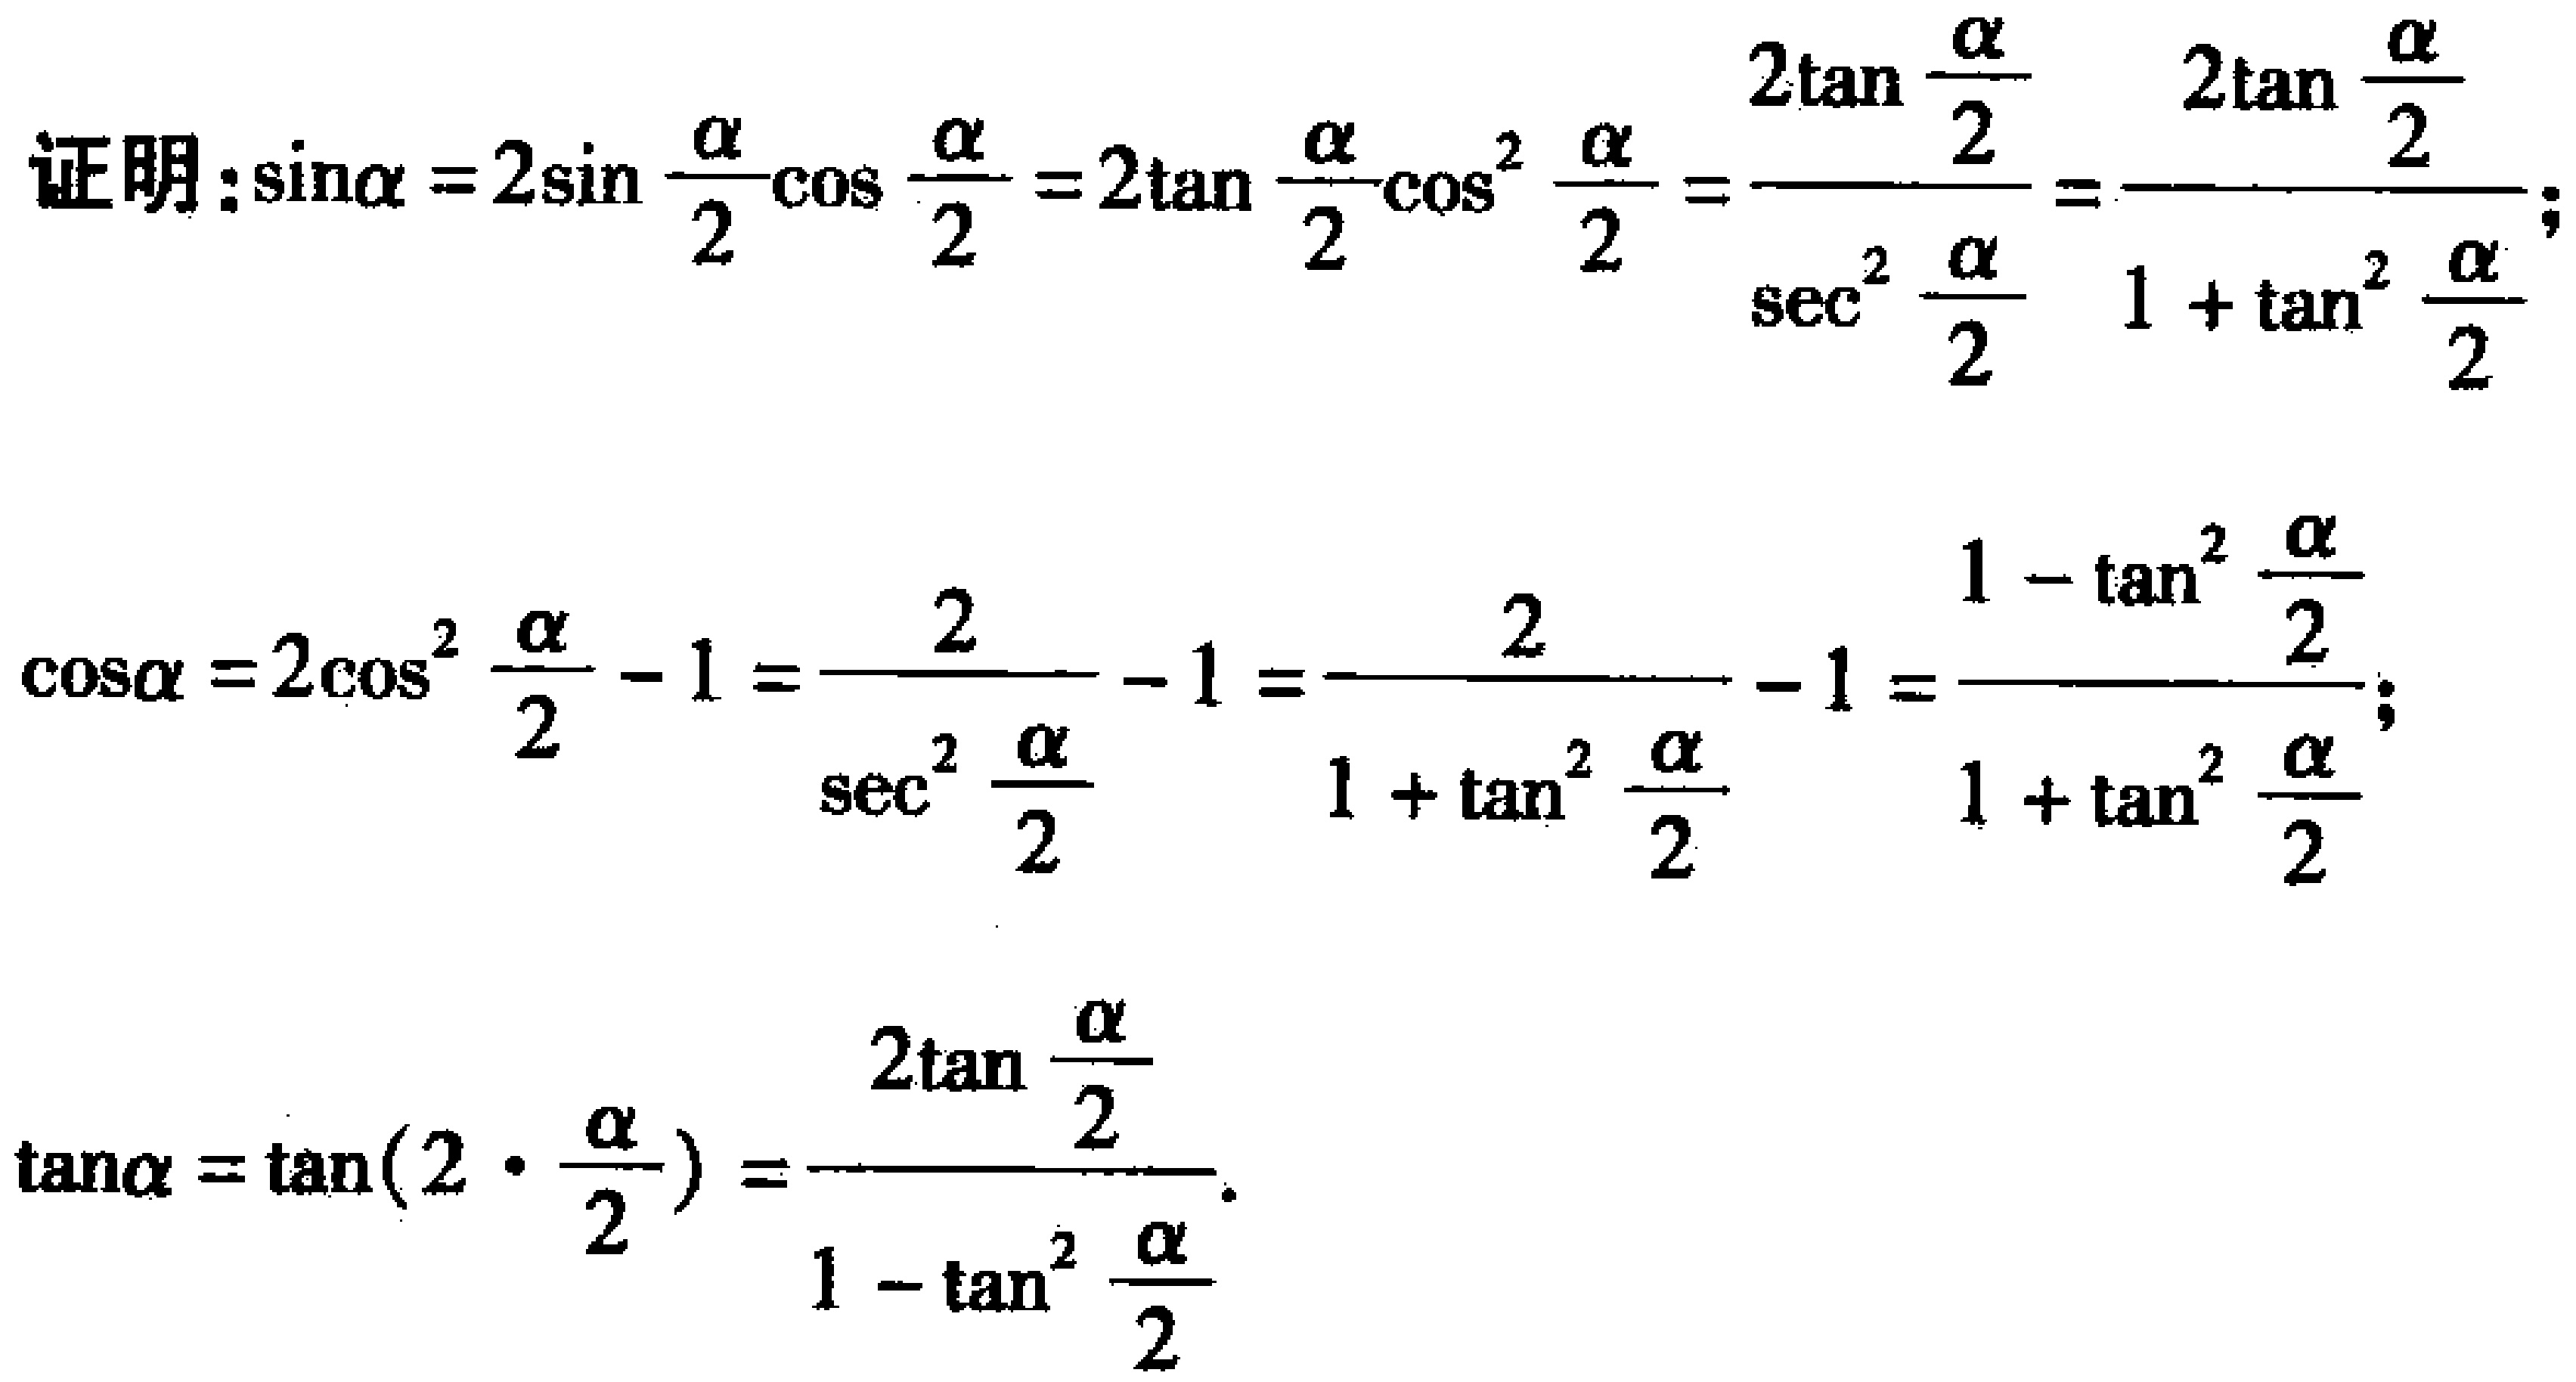
证明：\(\sin\alpha = 2\sin\frac{\alpha}{2}\cos\frac{\alpha}{2}=2\tan\frac{\alpha}{2}\cos^{2}\frac{\alpha}{2}=\frac{2\tan\frac{\alpha}{2}}{\sec^{2}\frac{\alpha}{2}}=\frac{2\tan\frac{\alpha}{2}}{1 + \tan^{2}\frac{\alpha}{2}}\)；
\(\cos\alpha = 2\cos^{2}\frac{\alpha}{2}-1=\frac{2}{\sec^{2}\frac{\alpha}{2}}-1=\frac{2}{1 + \tan^{2}\frac{\alpha}{2}}-1=\frac{1 - \tan^{2}\frac{\alpha}{2}}{1 + \tan^{2}\frac{\alpha}{2}}\)；
\(\tan\alpha=\tan(2\cdot\frac{\alpha}{2})=\frac{2\tan\frac{\alpha}{2}}{1 - \tan^{2}\frac{\alpha}{2}}\)。